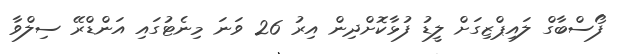
ފޯސްބާގް ލައިޕްޒިގަށް ލީޑު ފުޅާކޮށްދިން އިރު 26 ވަނަ މިނެޓުގައި އަންޑްރޭ ސިލްވާ